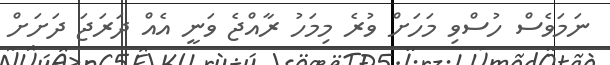
ނަމަވެސް ހުސްވި މަހަށް ވުރެ މިމަހު ރާއްޖެ ވަނީ އެއް ދަރަޖަ ދަށަށް